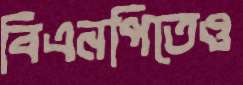
বিএনপিতেও